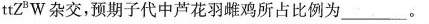
ttZ^BW杂交，预期子代中芦花羽雌鸡所占比例为___。